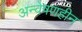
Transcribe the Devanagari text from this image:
अन्वेषणहीन